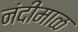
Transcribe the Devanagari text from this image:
नंदीमाळ